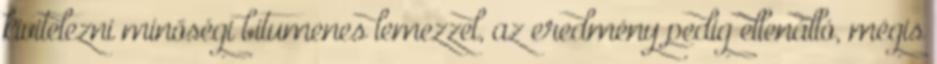
kivitelezni minőségi bitumenes lemezzel, az eredmény pedig ellenálló, mégis